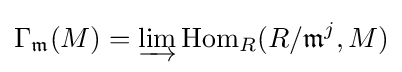
\Gamma _{\mathfrak {m}}(M)=\varinjlim \operatorname {Hom} _{R}(R/{\mathfrak {m}}^{j},M)